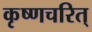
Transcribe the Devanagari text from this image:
कृष्णचरित्